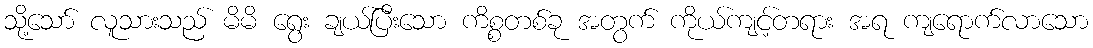
သို့သော် လူသားသည် မိမိ ရွေး ချယ်ပြီးသော ကိစ္စတစ်ခု အတွက် ကိုယ်ကျင့်တရား အရ ကျရောက်လာသော